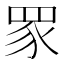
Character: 𬑔